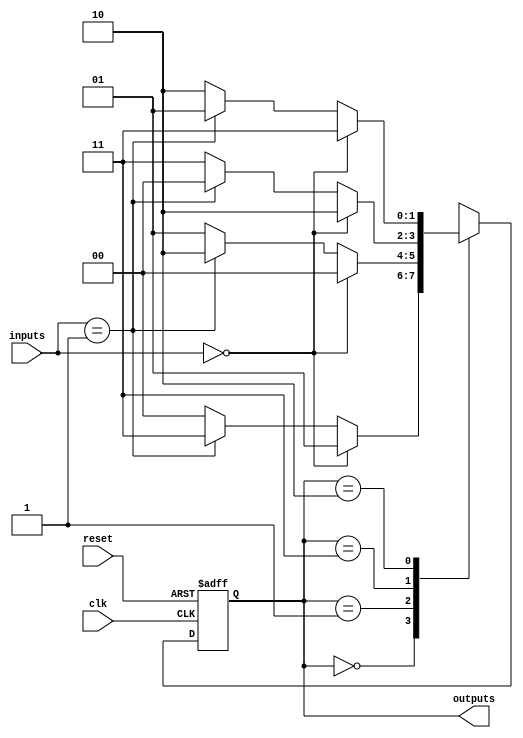
module gray_code_state_machine (
    input wire clk,
    input wire reset,
    input wire [1:0] inputs,
    output wire [1:0] outputs
);

// Define states in Gray code
parameter S0 = 2'b00;
parameter S1 = 2'b01;
parameter S2 = 2'b11;
parameter S3 = 2'b10;

// Define state register and next state logic
reg [1:0] state, next_state;

always @ (posedge clk or posedge reset) begin
    if (reset) begin
        state <= S0;
    end else begin
        state <= next_state;
    end
end

always @ (*) begin
    case (state)
        S0: begin
            if (inputs == 2'b00) begin
                next_state = S1;
            end else if (inputs == 2'b01) begin
                next_state = S2;
            end else begin
                next_state = S0;
            end
        end
        S1: begin
            if (inputs == 2'b00) begin
                next_state = S0;
            end else if (inputs == 2'b01) begin
                next_state = S3;
            end else begin
                next_state = S1;
            end
        end
        S2: begin
            if (inputs == 2'b00) begin
                next_state = S3;
            end else if (inputs == 2'b01) begin
                next_state = S0;
            end else begin
                next_state = S2;
            end
        end
        S3: begin
            if (inputs == 2'b00) begin
                next_state = S2;
            end else if (inputs == 2'b01) begin
                next_state = S1;
            end else begin
                next_state = S3;
            end
        end
    endcase
end

// Decode Gray code states and drive outputs
assign outputs = state;

endmodule